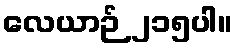
လေယာဉ် ၂၁၅ပါ။